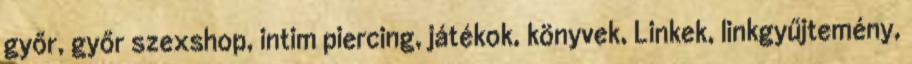
győr, győr szexshop, intim piercing, játékok, könyvek, Linkek, linkgyűjtemény,